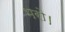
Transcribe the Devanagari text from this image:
भरो।